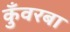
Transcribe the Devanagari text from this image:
कुँवरबा